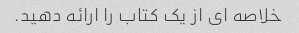
خلاصه ای از یک کتاب را ارائه دهید.